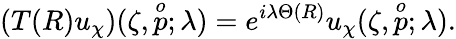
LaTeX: (T(R)u_{\chi})(\zeta,\stackrel{o}{p};\lambda)=e^{i\lambda\Theta(R)}u_{\chi}(\zeta,\stackrel{o}{p};\lambda).